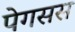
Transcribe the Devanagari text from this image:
पेगसस